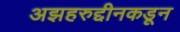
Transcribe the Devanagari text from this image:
अझहरुद्दीनकडून